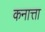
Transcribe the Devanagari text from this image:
कनात्ता